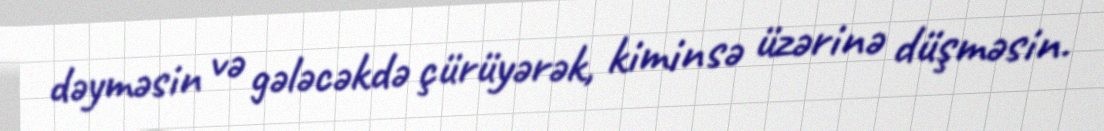
dəyməsin və gələcəkdə çürüyərək, kiminsə üzərinə düşməsin.